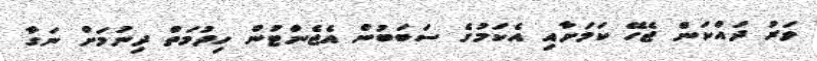
ވަރު ދައްކަން ޖެހޭ ކަމަށާއި އެކަމުގެ ސަބަބުން އެޖެންޓުން ހިދުމަތް ދިނުމަށް ނަގާ